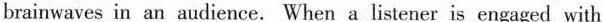
brainwaves in an audience.When a listener is engaged with